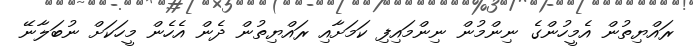
ރައްޔިތުން އެމީހުންގެ ނިންމުން ނިންމައިފި ކަމަށާއި ރައްޔިތުން ދެން އެހެން މީހަކަށް ނުބަލާނޭ